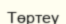
Төртеу